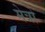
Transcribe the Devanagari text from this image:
मेत्रो